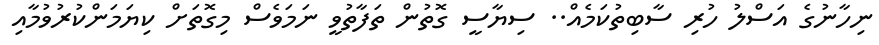
ނިހާނުގެ އަސްލު ހުރި ސާބިތުކަމެއް.. ސިޔާސީ ގޮތުން ތަފާތުވީ ނަމަވެސް މިގޮތަށް ކިޔަމަންކުރުވުމާއި